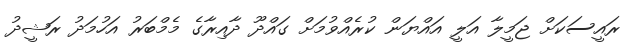
ރައީސަކަށް ޖަމީލާ އަލީ އައްޔަން ކުރެއްވުމަށް ގައްދޫ ދާއިރާގެ މެމްބަރު އަހުމަދު ރަޝީދު